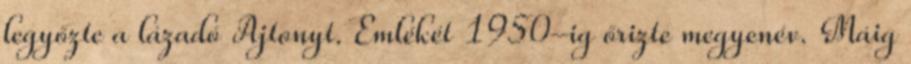
legyőzte a lázadó Ajtonyt. Emlékét 1950-ig őrizte megyenév. Máig